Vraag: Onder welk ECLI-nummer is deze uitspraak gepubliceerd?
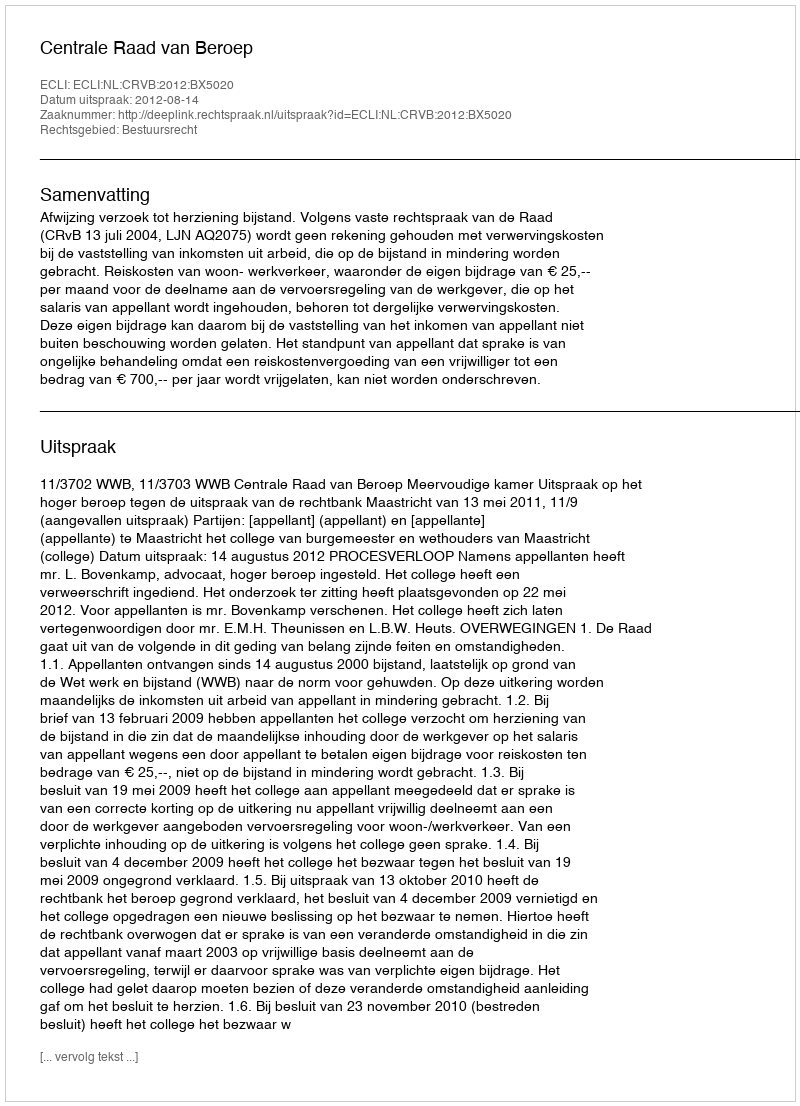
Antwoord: ECLI:NL:CRVB:2012:BX5020